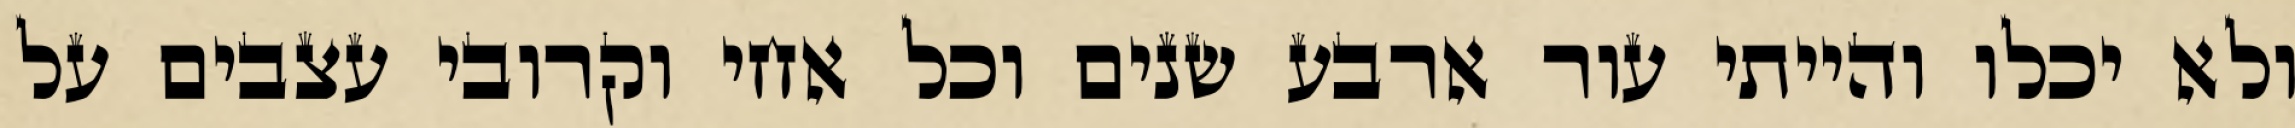
ולא יכלו והייתי עור ארבע שנים וכל אחי וקרובי עצבים על